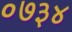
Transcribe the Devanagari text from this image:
०७३४